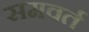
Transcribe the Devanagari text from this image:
समवर्त